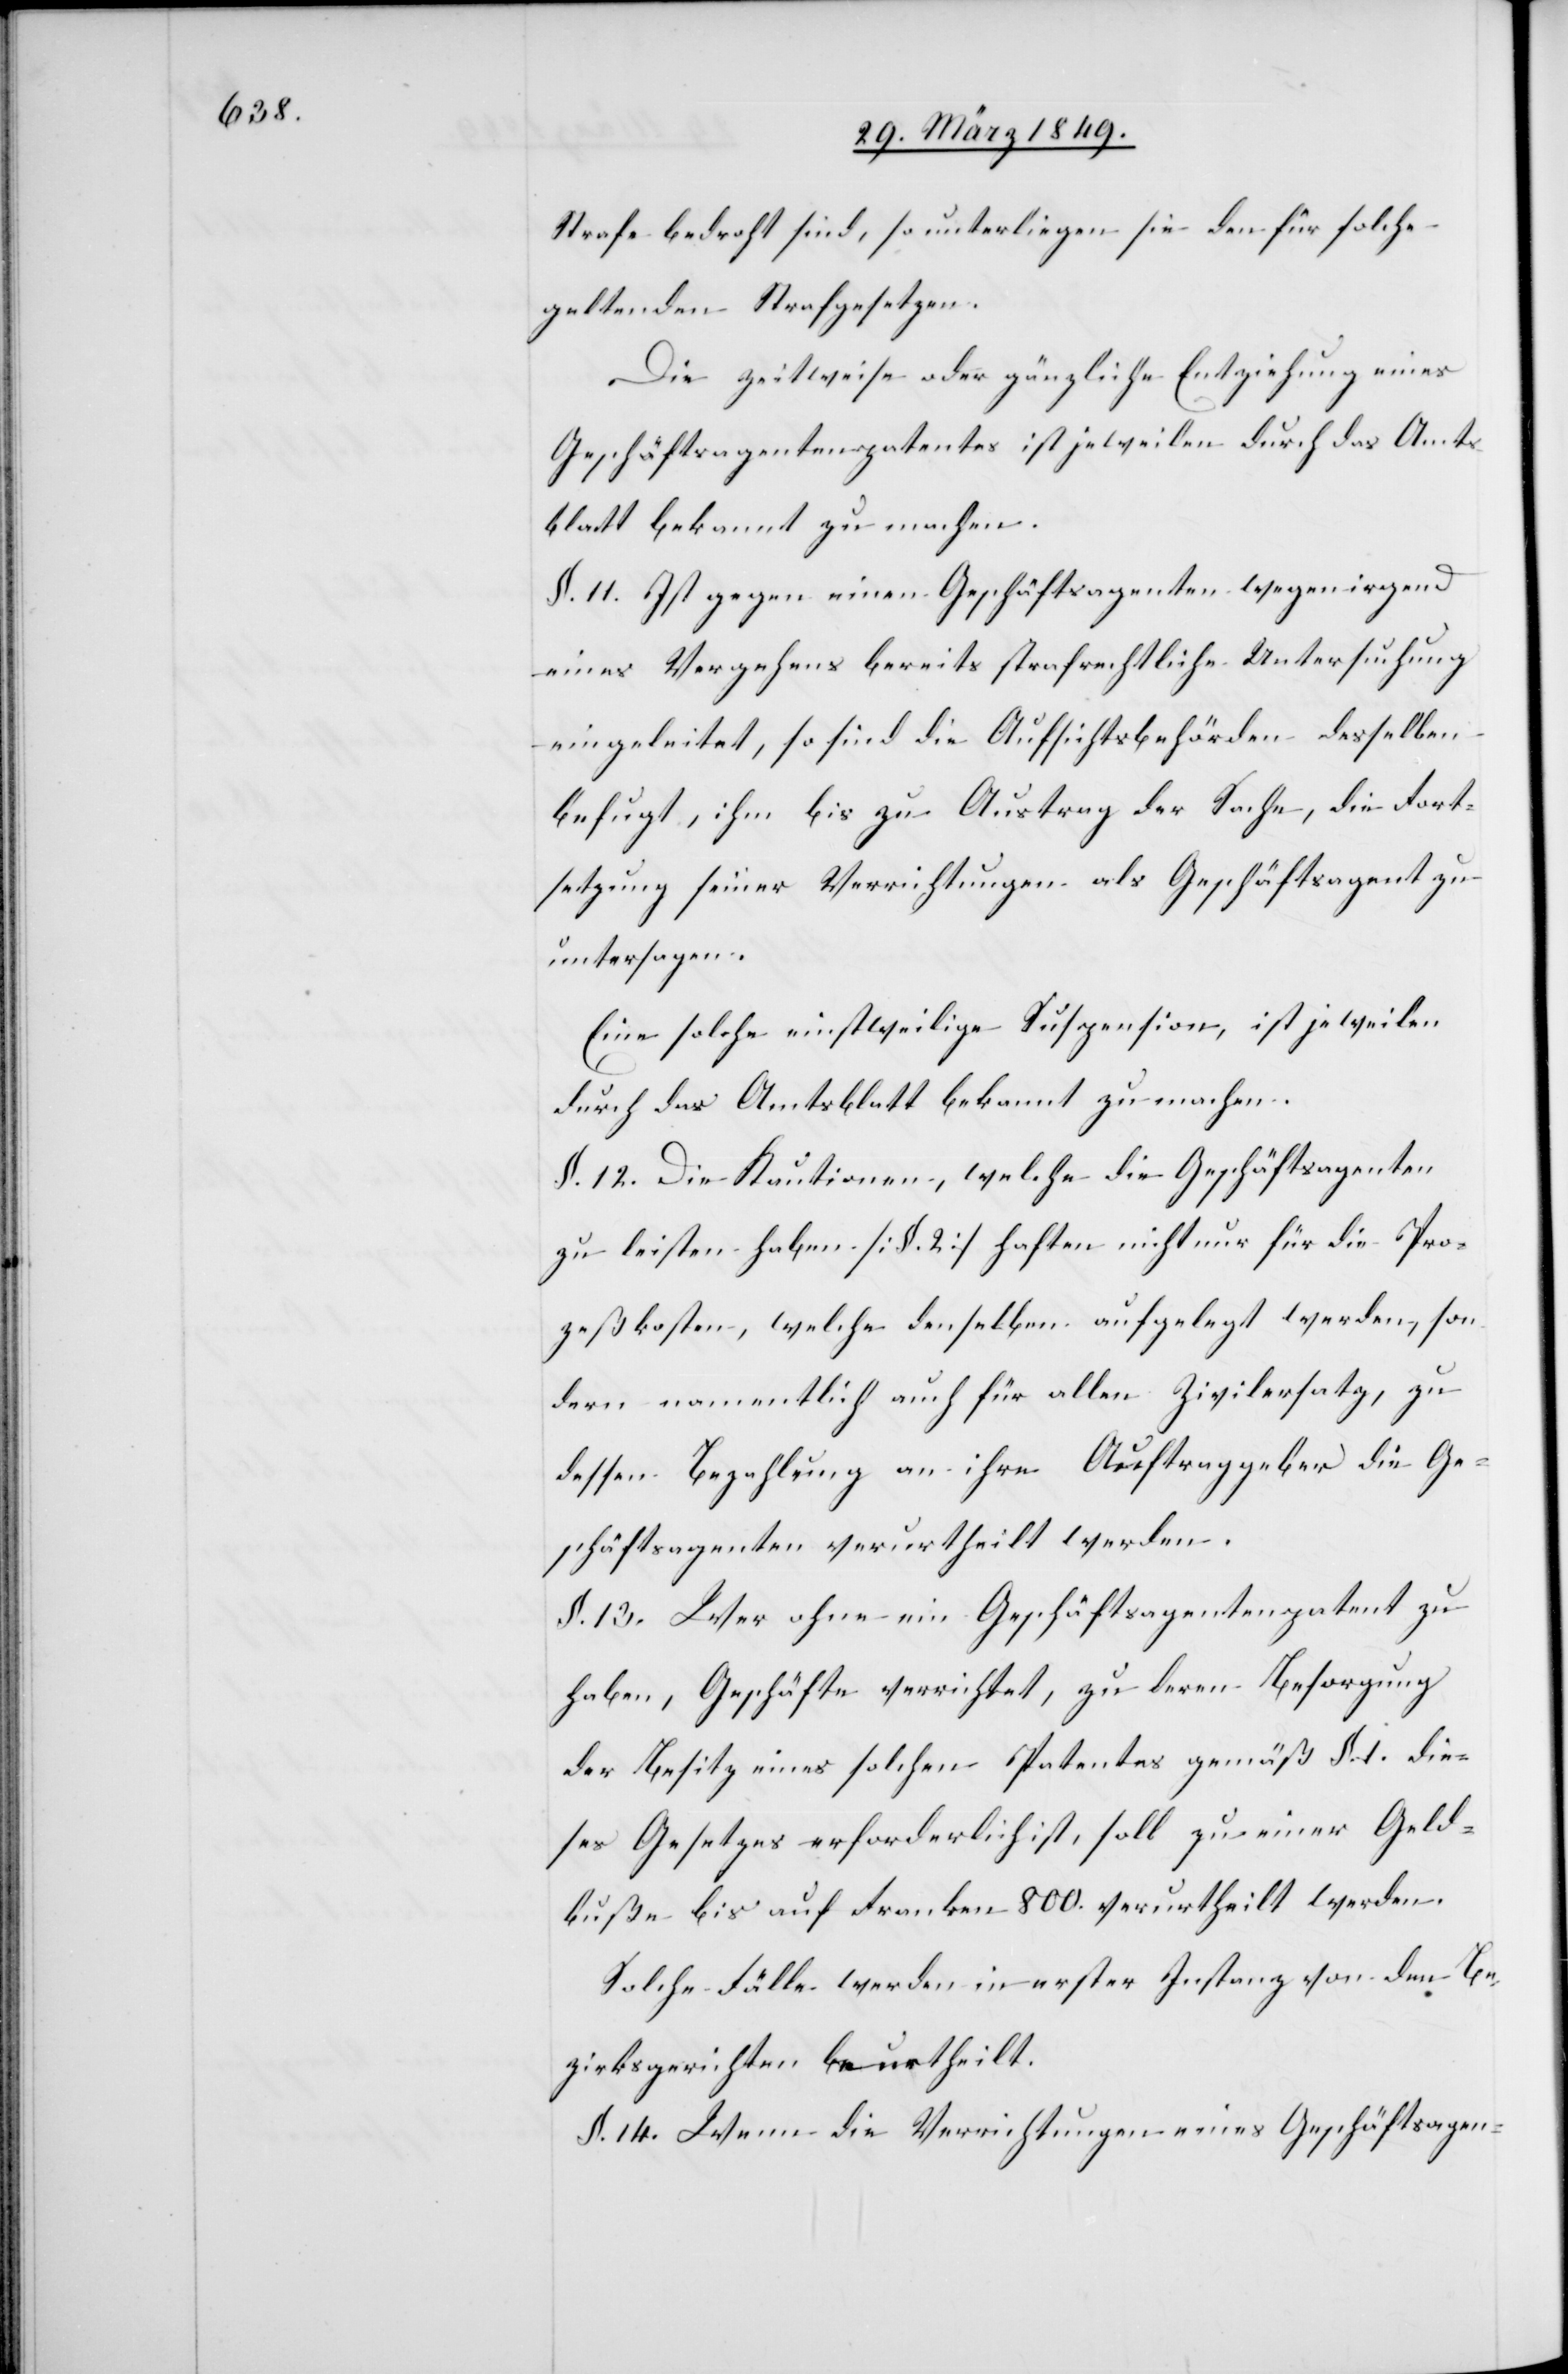
Strafe bedroht sind, so unterliegen sie den für solche
geltenden Strafgesetzen.
Die zeitweise oder gänzliche Entziehung eines
Geschäftsagentenpatentes ist jeweilen durch das Amts¬
blatt bekannt zu machen.
§. 11. Ist gegen einen Geschäftsagenten wegen irgend
eines Vergehens bereits strafrechtliche Untersuchung
eingeleitet, so sind die Aufsichtsbehörden desselben
befugt, ihm bis zu Austrag der Sache, die Forst¬
etzung seiner Verrichtungen als Geschäftsagent zu
untersagen.
Eine solche einstweilige Suspension, ist jeweilen
durch das Amtsblatt bekannt zu machen.
§. 12. Die Kautionen, welche die Geschäftsagenten
zu leisten haben [§. 2] haften nicht nur für die Pro¬
zeßkosten, welche denselben aufgelegt werden, son¬
dern namentlich auch für allen Zivilersatz, zu
dessen Bezahlung an ihre Auftraggeber die Ge¬
schäftsagenten verurtheilt werden.
§. 13. Wer ohne ein Geschäftsagentenpatent zu
haben, Geschäfte verrichtet, zu deren Besorgung
der Besitz eines solchen Patentes gemäß §. 1. die¬
ses Gesetzes erforderlich ist, soll zu einer Geld¬
buße bis auf Franken 800. verurtheilt werden.
Solche Fälle werden in erster Instanz von den Be¬
zirksgerichten beurtheilt.
§. 14. Wenn die Verrichtungen eines Geschäftsagen-